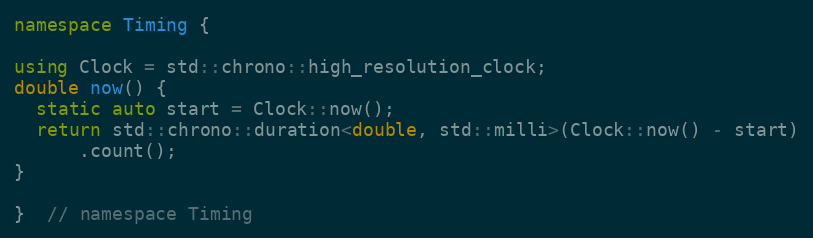
Language: C++
namespace Timing {

using Clock = std::chrono::high_resolution_clock;
double now() {
  static auto start = Clock::now();
  return std::chrono::duration<double, std::milli>(Clock::now() - start)
      .count();
}

}  // namespace Timing